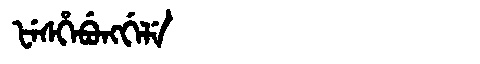
Manchu: ᡶᡝᠰᡥᡝᠪᡠᠩᡤᡝᠯᡝ
Romanization: FESHEBUNGGELE